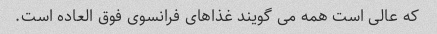
که عالی است همه می گویند غذاهای فرانسوی فوق العاده است.